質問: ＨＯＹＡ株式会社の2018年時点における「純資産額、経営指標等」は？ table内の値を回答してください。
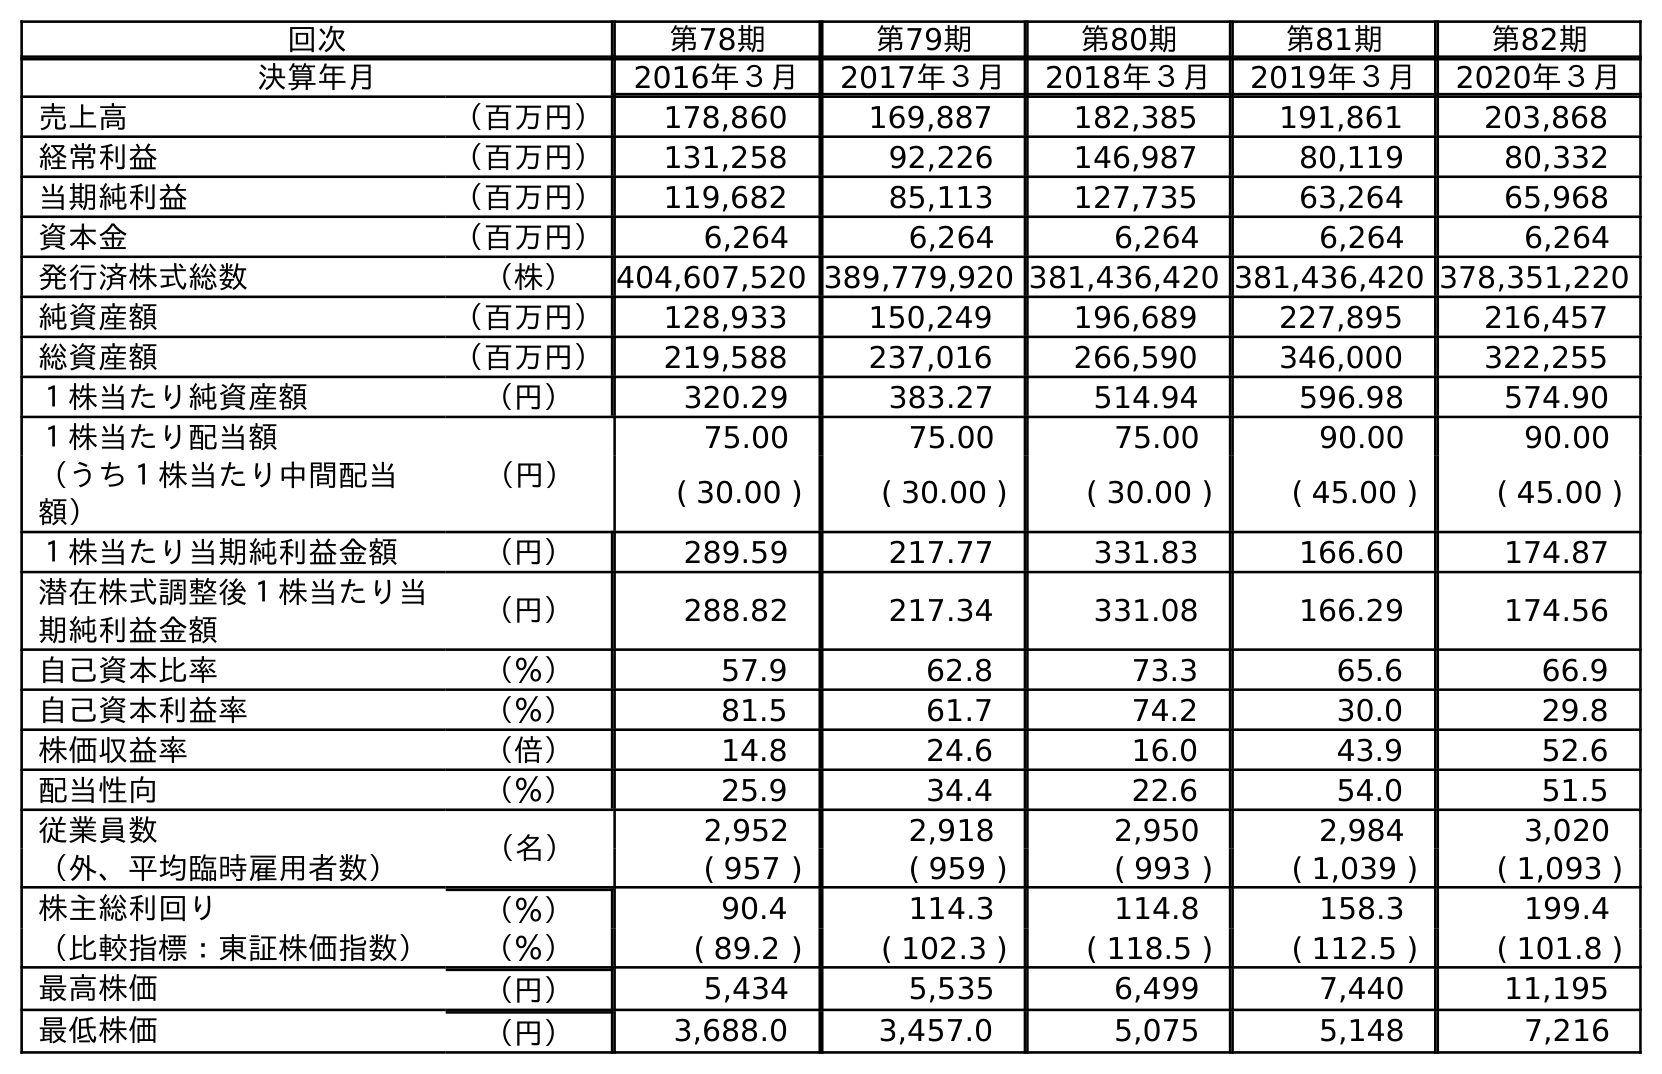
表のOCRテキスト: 回次 第78期 第79期 第80期 第81期 第82期 決算年月 2016年３月 2017年３月 2018年３月 2019年３月 2020年３月 売上高 （百万円） 178,860 169,887 182,385 191,861 203,868 経常利益 （百万円） 131,258 92,226 146,987 80,119 80,332 当期純利益 （百万円） 119,682 85,113 127,735 63,264 65,968 資本金 （百万円） 6,264 6,264 6,264 6,264 6,264 発行済株式総数 （株） 404,607,520 389,779,920 381,436,420 381,436,420 378,351,220 純資産額 （百万円） 128,933 150,249 196,689 227,895 216,457 総資産額 （百万円） 219,588 237,016 266,590 346,000 322,255 １株当たり純資産額 （円） 320.29 383.27 514.94 596.98 574.90 １株当たり配当額 （円） 75.00 75.00 75.00 90.00 90.00 （うち１株当たり中間配当 額） ( 30.00 ) ( 30.00 ) ( 30.00 ) ( 45.00 ) ( 45.00 ) １株当たり当期純利益金額 （円） 289.59 217.77 331.83 166.60 174.87 潜在株式調整後１株当たり当 期純利益金額 （円） 288.82 217.34 331.08 166.29 174.56 自己資本比率 （％） 57.9 62.8 73.3 65.6 66.9 自己資本利益率 （％） 81.5 61.7 74.2 30.0 29.8 株価収益率 （倍） 14.8 24.6 16.0 43.9 52.6 配当性向 （％） 25.9 34.4 22.6 54.0 51.5 従業員数 （名） 2,952 2,918 2,950 2,984 3,020 （外、平均臨時雇用者数） ( 957 ) ( 959 ) ( 993 ) ( 1,039 ) ( 1,093 ) 株主総利回り （％） 90.4 114.3 114.8 158.3 199.4 （比較指標：東証株価指数） （％） ( 89.2 ) ( 102.3 ) ( 118.5 ) ( 112.5 ) ( 101.8 ) 最高株価 （円） 5,434 5,535 6,499 7,440 11,195 最低株価 （円） 3,688.0 3,457.0 5,075 5,148 7,216
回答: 196,689